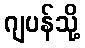
ဂျပန်သို့